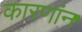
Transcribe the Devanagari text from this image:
कारणांन